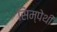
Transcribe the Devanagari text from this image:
सिम्पेथी